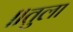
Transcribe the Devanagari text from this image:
॥तुला